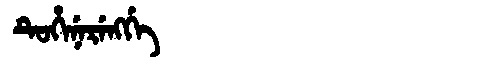
Manchu: ᡨᡠᡥᡝᠨᡝᡵᡝᠩᡤᡝ
Romanization: TUHENERENGGE